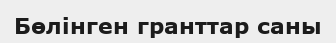
Бөлінген гранттар саны